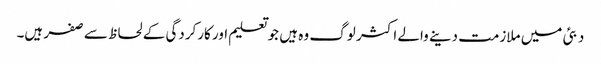
دبئی میں ملازمت دینے والے اکثر لوگ وہ ہیں جو تعلیم اور کارکردگی کے لحاظ سے صفر ہیں۔